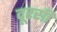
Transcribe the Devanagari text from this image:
दूरसी